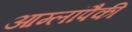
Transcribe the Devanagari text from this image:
आम्लांपैकी